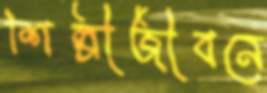
শিল্পীজীবনে